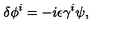
\delta \phi ^ { i } = - i \epsilon \gamma ^ { i } \psi ,